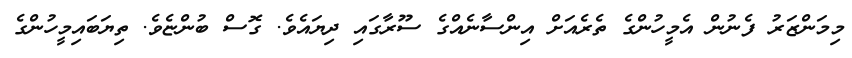
މިމަންޒަރު ފެނުން އެމީހުންގެ ތެރެއަށް އިންސާނެއްގެ ސޫރާގައި ދިޔައެވެ. ގޮސް ބުންޏެވެ. ތިޔަބައިމީހުންގެ